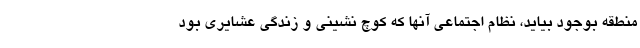
منطقه بوجود بیاید، نظام اجتماعی آنها که کوچ نشینی و زندگی عشایری بود